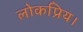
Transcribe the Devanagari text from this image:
लोकप्रिय।